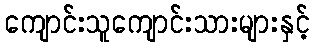
ကျောင်းသူကျောင်းသားများနှင့်